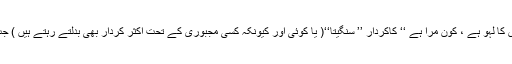
اقبال نیازی کی تحریر و ہدایت میں پیش کیا جانے والا ڈرامہ یہ کس کا لہو ہے ، کون مرا ہے ‘‘ کاکردار ’’ سنگیتا‘‘( یا کوئی اور کیونکہ کسی مجبوری کے تحت اکثر کردار بھی بدلتے رہتے ہیں ) جب اسٹیج پر جب اداکاری کرتی ہے ، تو لوگ رونے لگ جاتے ہیں ۔